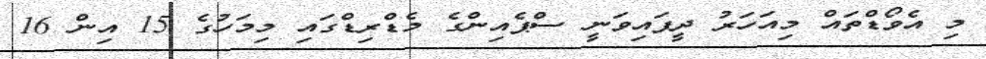
މި އެވޯޑްތައް މިއަހަރު ދީފައިވަނީ ސްޕެއިންގެ މެޑްރިޑްގައި މިމަހުގެ 15 އިން 16